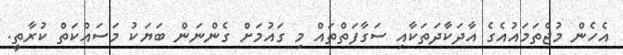
އެހެން މުޖްތަމައުއެގެ އާދަކާދަތަކާއި ސަގާފަތްތައް މި ގައުމަށް ގެންނަން ބަޔަކު މަސައްކަތް ކުރާތީ.